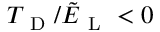
T _ { \mathrm { ~ D ~ } } / \tilde { E } _ { \mathrm { ~ L ~ } } < 0